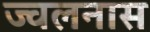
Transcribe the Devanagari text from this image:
ज्वलनास